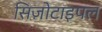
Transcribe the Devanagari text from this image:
सिज़ोटाइपल